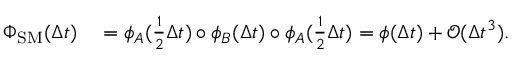
\begin{array} { r l } { \Phi _ { \mathrm { S M } } ( \Delta t ) } & { { } = \phi _ { A } ( \frac { 1 } { 2 } \Delta t ) \circ \phi _ { B } ( \Delta t ) \circ \phi _ { A } ( \frac { 1 } { 2 } \Delta t ) = \phi ( \Delta t ) + \mathcal { O } ( \Delta t ^ { 3 } ) . } \end{array}